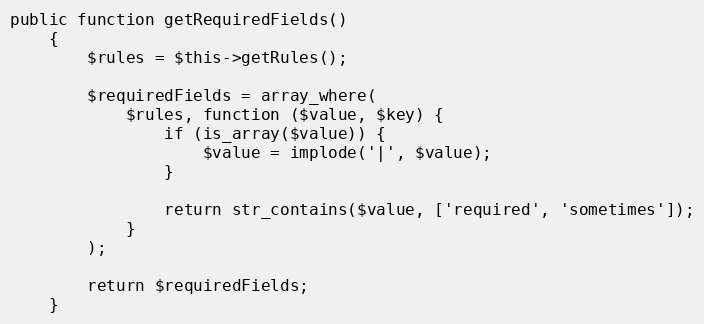
Language: PHP
public function getRequiredFields()
    {
        $rules = $this->getRules();

        $requiredFields = array_where(
            $rules, function ($value, $key) {
                if (is_array($value)) {
                    $value = implode('|', $value);
                }

                return str_contains($value, ['required', 'sometimes']);
            }
        );

        return $requiredFields;
    }